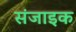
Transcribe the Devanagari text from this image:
संजाइक